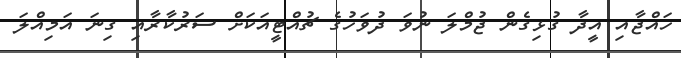
ހައްޖާއި އީދާ ގުޅިގެން ޖުމްލަ ނުވަ ދުވަހުގެ ޗުއްޓީއަކަށް ސަރުކާރާއި ގިނަ އަމިއްލަ